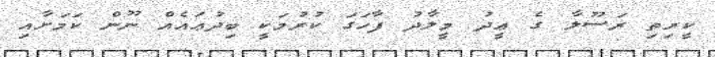
ކީރިތި ރަސޫލާ ގެ ޢީދު މީލާދު ފާހަގަ ކުރުމަކީ ބިދުޢައެއް ނޫން ކަމަށާއި